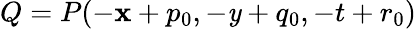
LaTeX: Q=P(-\mathbf{x}+p_{0},-\mathit{y}+q_{0},-t+r_{0})